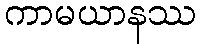
ကာမယာနဿ